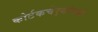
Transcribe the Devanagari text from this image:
कोर्टकचेर्‍यांमध्ये